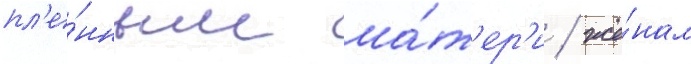
пл'е́нным ма́т'ер'и / жё́нам